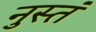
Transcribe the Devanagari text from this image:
नुस्तं